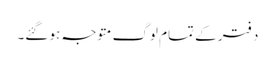
دفتر کے تمام لوگ متوجہ ہو گئے۔